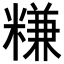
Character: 𥻧